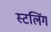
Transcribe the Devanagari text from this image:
स्टलिंग